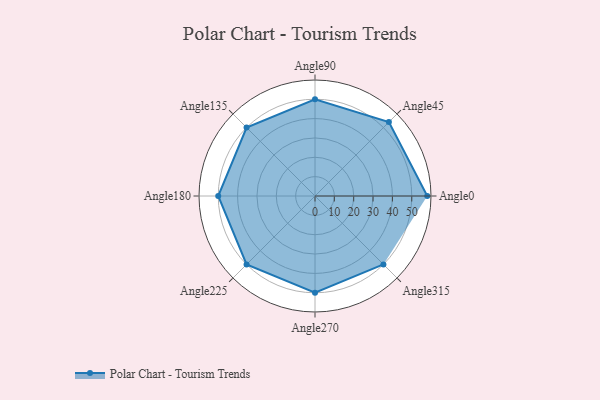
{"axis": {"x": "Angle", "y": "Radius"}, "legend": [""], "data": [{"x": "Angle0", "y": 58.0, "type": ""}, {"x": "Angle45", "y": 54.0, "type": ""}, {"x": "Angle90", "y": 50, "type": ""}, {"x": "Angle135", "y": 50, "type": ""}, {"x": "Angle180", "y": 50, "type": ""}, {"x": "Angle225", "y": 50, "type": ""}, {"x": "Angle270", "y": 50, "type": ""}, {"x": "Angle315", "y": 50, "type": ""}]}